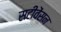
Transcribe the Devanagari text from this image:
सटीवेंसन